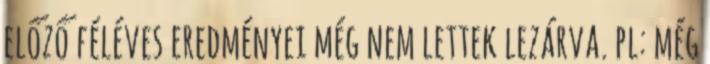
előző féléves eredményei még nem lettek lezárva. pl: még